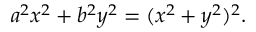
a ^ { 2 } x ^ { 2 } + b ^ { 2 } y ^ { 2 } = ( x ^ { 2 } + y ^ { 2 } ) ^ { 2 } .